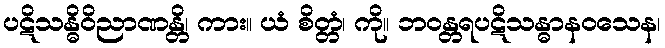
ပဋိသန္ဓိဝိညာဏန္တိ၊ ကား။ ယံ စိတ္တံ၊ ကို။ ဘဝန္တရပဋိသန္ဓာနဝသေန၊